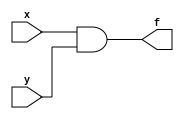
module HW(x,y,f);
input x,y;
output f;
assign f = x & y;
endmodule